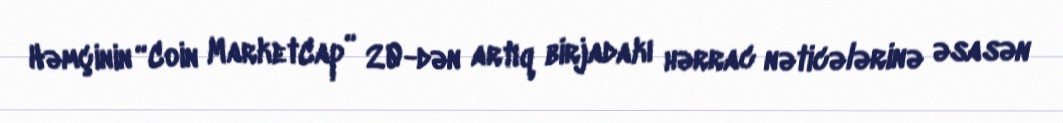
Həmçinin “Coin MarketCap” 20-dən artıq birjadakı hərrac nəticələrinə əsasən